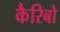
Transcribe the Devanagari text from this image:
कैरिबो